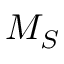
M _ { S }